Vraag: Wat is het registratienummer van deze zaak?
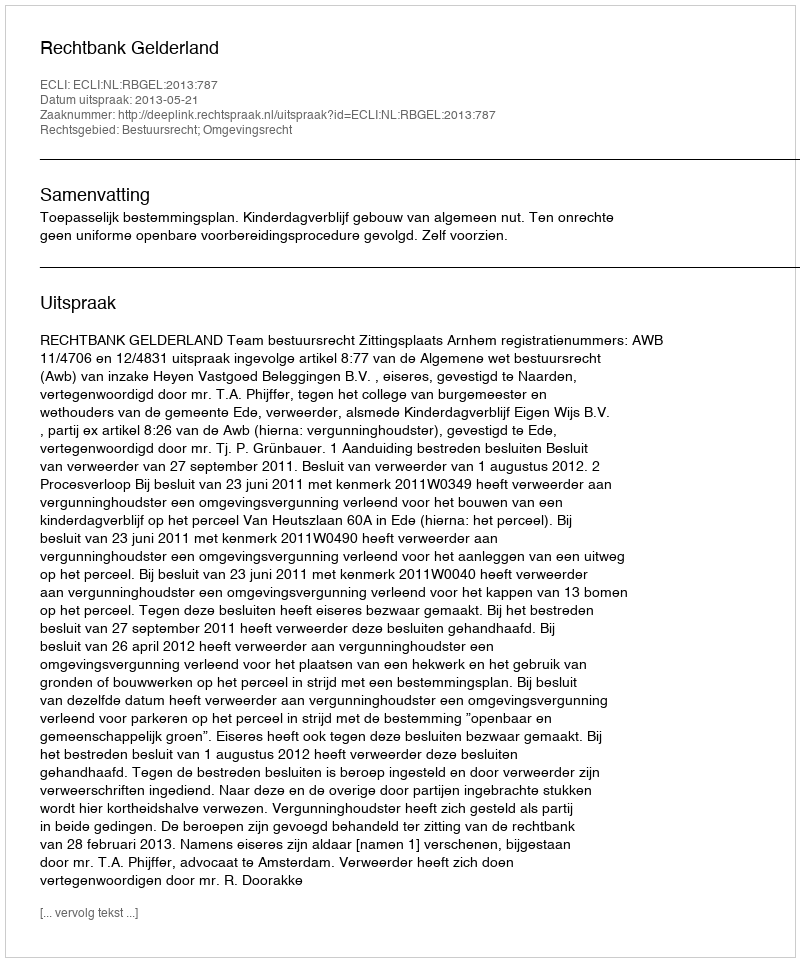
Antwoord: http://deeplink.rechtspraak.nl/uitspraak?id=ECLI:NL:RBGEL:2013:787